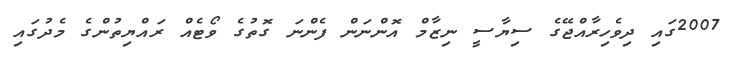
2007ގައި ދިވެހިރާއްޖޭގެ ސިޔާސީ ނިޒާމް އޮންނަން ފެންނަ ގޮތުގެ ވޯޓެއް ރައްޔިތުންގެ މެދުގައި